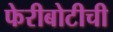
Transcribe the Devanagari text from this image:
फेरीबोटीची